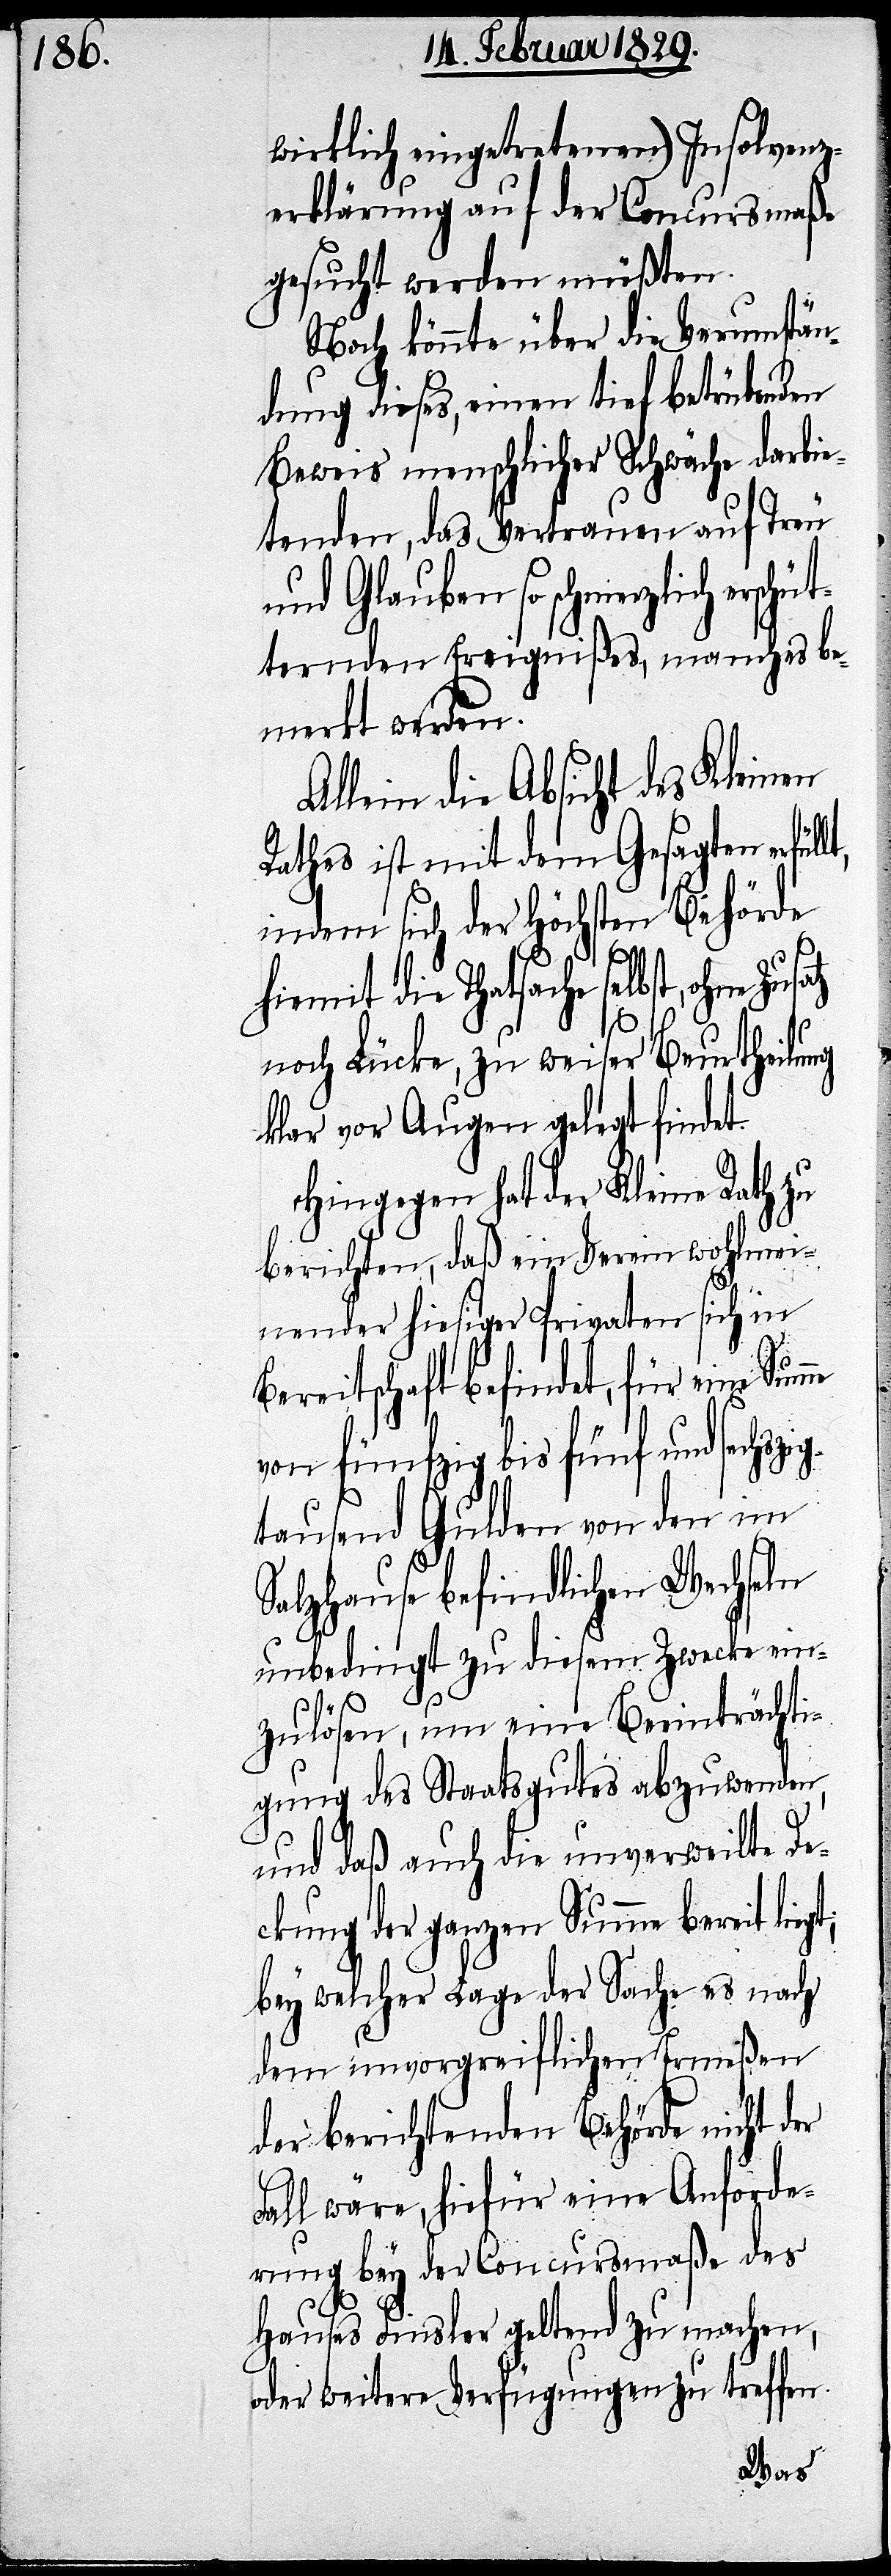
wirklich eingetretenen) Insolvenz¬
erklärung auf der Concursmaße
gesucht werden müßten.
Noch könnte über die Verumstän¬
dung dieses, einen tief betrübenden
Beweis menschlicher Schwäche darbie¬
tenden, das Vertrauen auf Treu
und Glauben so schmerzlich ers¬
ternden Ereignißes, manches be¬
merkt werden.
Allein die Absicht des Kleinen
Rathes ist mit dem Gesagten erfül¬
indem sich der Höchsten Behörde
hiemit die Thatsache selbst, ohne
noch Lücke, zu weiser Beurtheilung
klar vor Augen gelegt findet.
Hingegen hat der Kleine Rath zu
berichten, daß ein Verein wohlmei¬
nender hiesiger Privaten sich in
Bereitschaft befindet, für eine
von fünfzig bis fünf und sechszig¬
tausend Gulden von den im
Salzhause befindlichen Wechseln
unbedingt zu diesem Zwecke ein¬
zulösen, um eine Beeinträchti¬
gung des Staatsgutes abzuwenden,
und daß auch die unverweilte De¬
ckung der ganzen Summe bereit
bey welcher Lage der Sache es nach
dem unvorgreiflichen Ermeßen
der berichtenden Behörde nicht der
Fall wäre, hiefür eine Anforde¬
rung bey der Concursmaße des
Hauses Finsler geltend zu machen,
oder weitere Verfügungen zu treffen.
lt,